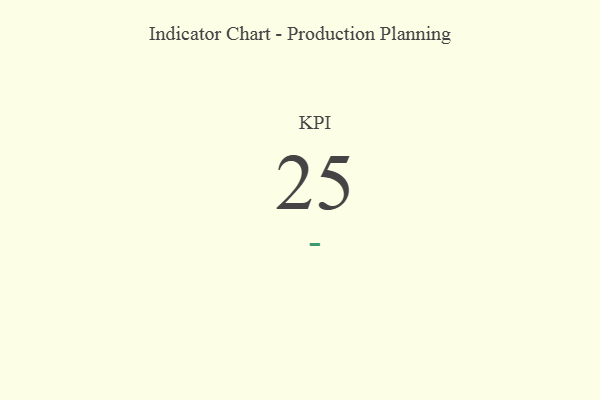
{"axis": {"x": "KPI", "y": "Value"}, "legend": [""], "data": [{"x": "KPI", "y": 25, "type": ""}]}